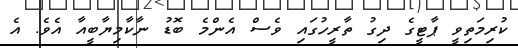
ކުރިމަތިވީ ޕާޓީގެ ދިގު ތާރީހުގައި ވެސް އެންމެ ބޮޑު ނާކާމިޔާބީއާ އެވެ. އެ